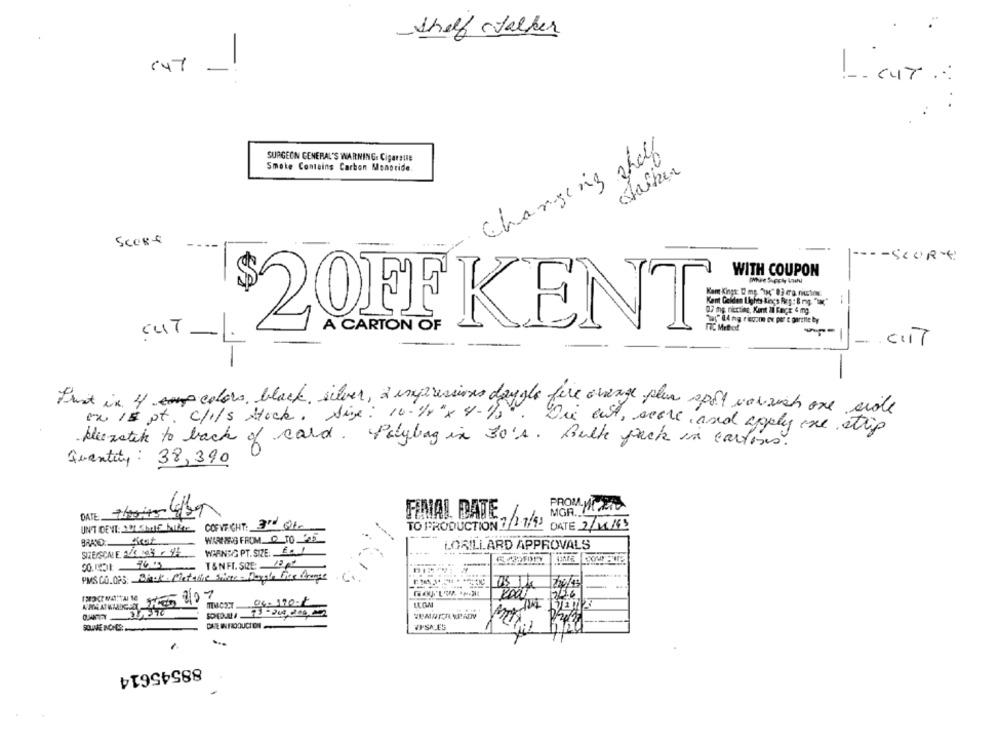
Shelf Jalker
147 -
1 Cup
Changing shelf
SURGEON GENERAL'S WARNING: Cigarste
Smote Contains Carbon Monoride
Stacker
SCORE
-- - SCORE
WITH COUPON
-
52
52
"Tag" 14 ng riccome ex per e garette boy
A CARTON OF
NC Method
CUT --
-
That in 4 colors, black silver, a impressions daggle fire average plus spot varzish one side
on Is pt. c/I/S Hock. Size: 10-1/4"x 4-1950.
Die ait, score and apply ine strip
klicrotch to back of card. Polybag in 30's. Bulle pack in cartins.
quantity: 38,390
MGR ..
DATE
FINAL DATE,
COFVEIGHT: 3 01.
TO PRODUCTION ?/17/93
DATE 2/11/63
WARENSIG FROM. O_TO_5
WARNSG PT.SIZE. . !
LORILLARD APPROVALS
T&NFI. SOE: 23 Ať
PMS CO.OPS: Black. Cletatie Some - Daysle Flex frange
--
1726
DEE IPRODUCION
88545614